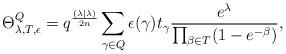
LaTeX: \begin{align*} \Theta^Q_{\lambda, T, \epsilon} = q^{\frac{(\lambda | \lambda)}{2n}} \sum_{\gamma \in Q}^{} \epsilon (\gamma) t_\gamma \frac{e^\lambda}{\prod_{\beta \in T}^{} (1 - e^{- \beta}) }, \end{align*}